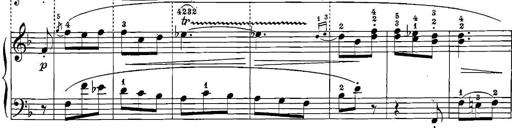
Title: 12 Sonatinas
Composer: Ignaz Pleyel